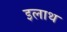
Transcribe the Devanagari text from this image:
इलाथ